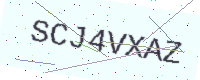
Text: SCJ4VXAZ